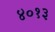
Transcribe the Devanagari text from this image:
४०१३